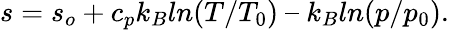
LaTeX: s=s_{o}+c_{p}k_{B}ln(T/T_{0})\ –\ k_{B}ln(p/p_{0}).